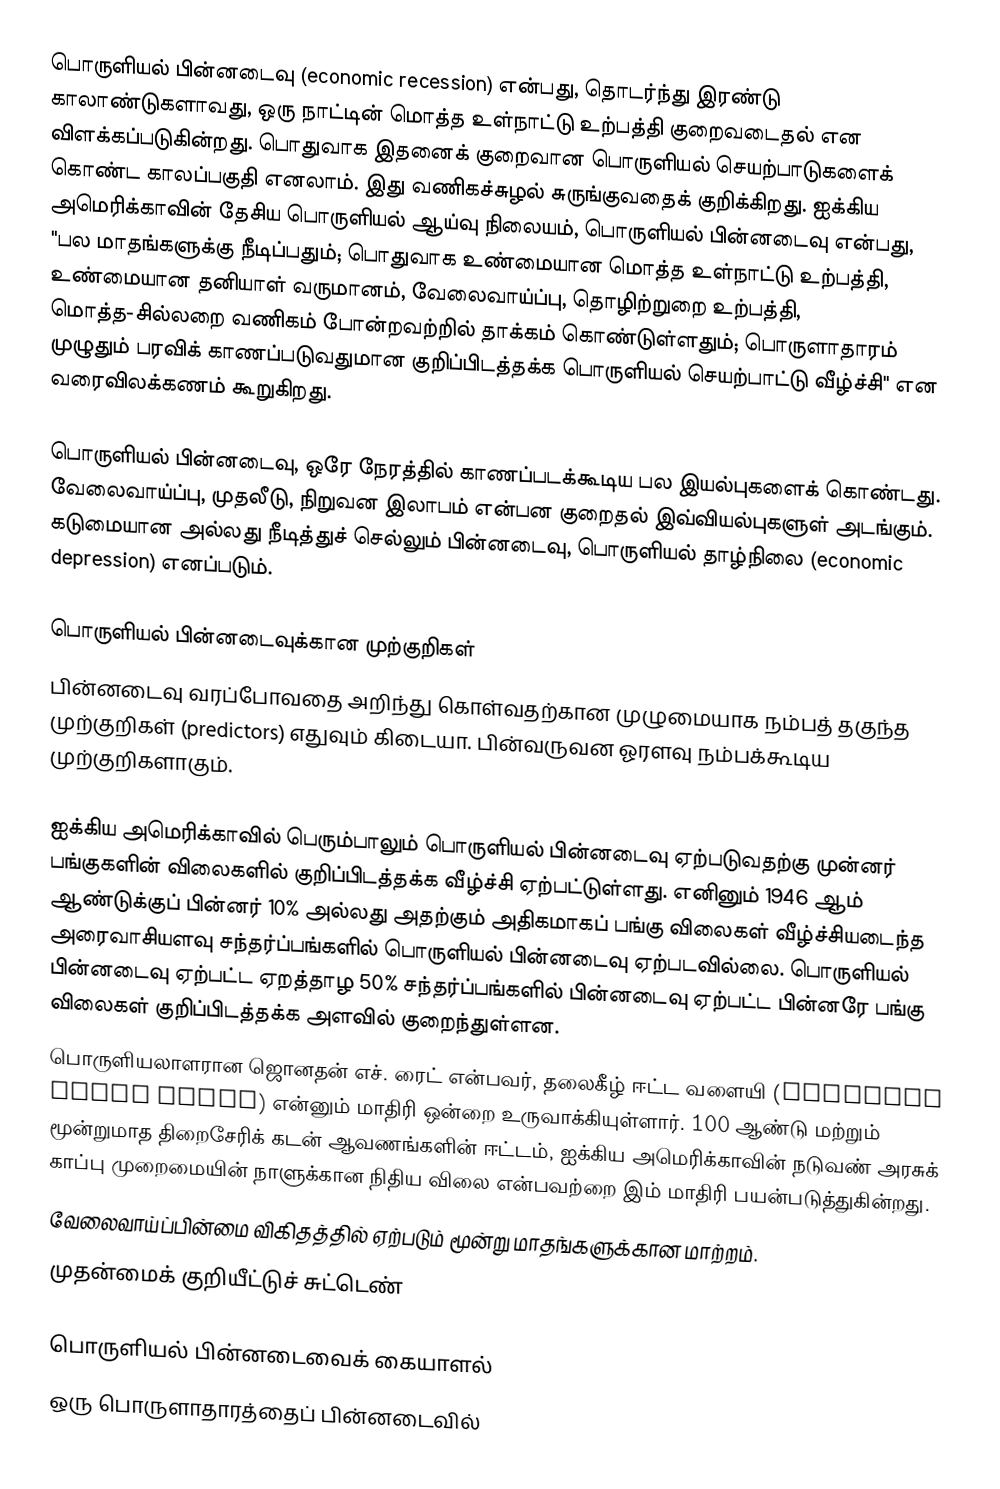
பொருளியல் பின்னடைவு (economic recession) என்பது, தொடர்ந்து இரண்டு காலாண்டுகளாவது, ஒரு நாட்டின் மொத்த உள்நாட்டு உற்பத்தி குறைவடைதல் என விளக்கப்படுகின்றது. பொதுவாக இதனைக் குறைவான பொருளியல் செயற்பாடுகளைக் கொண்ட காலப்பகுதி எனலாம். இது வணிகச்சுழல் சுருங்குவதைக் குறிக்கிறது. ஐக்கிய அமெரிக்காவின் தேசிய பொருளியல் ஆய்வு நிலையம், பொருளியல் பின்னடைவு என்பது, "பல மாதங்களுக்கு நீடிப்பதும்; பொதுவாக உண்மையான மொத்த உள்நாட்டு உற்பத்தி, உண்மையான தனியாள் வருமானம், வேலைவாய்ப்பு, தொழிற்றுறை உற்பத்தி, மொத்த-சில்லறை வணிகம் போன்றவற்றில் தாக்கம் கொண்டுள்ளதும்; பொருளாதாரம் முழுதும் பரவிக் காணப்படுவதுமான குறிப்பிடத்தக்க பொருளியல் செயற்பாட்டு வீழ்ச்சி" என வரைவிலக்கணம் கூறுகிறது.

பொருளியல் பின்னடைவு, ஒரே நேரத்தில் காணப்படக்கூடிய பல இயல்புகளைக் கொண்டது. வேலைவாய்ப்பு, முதலீடு, நிறுவன இலாபம் என்பன குறைதல் இவ்வியல்புகளுள் அடங்கும். கடுமையான அல்லது நீடித்துச் செல்லும் பின்னடைவு, பொருளியல் தாழ்நிலை (economic depression) எனப்படும்.

பொருளியல் பின்னடைவுக்கான முற்குறிகள்
பின்னடைவு வரப்போவதை அறிந்து கொள்வதற்கான முழுமையாக நம்பத் தகுந்த முற்குறிகள் (predictors) எதுவும் கிடையா. பின்வருவன ஓரளவு நம்பக்கூடிய முற்குறிகளாகும்.

 ஐக்கிய அமெரிக்காவில் பெரும்பாலும் பொருளியல் பின்னடைவு ஏற்படுவதற்கு முன்னர் பங்குகளின் விலைகளில் குறிப்பிடத்தக்க வீழ்ச்சி ஏற்பட்டுள்ளது. எனினும் 1946 ஆம் ஆண்டுக்குப் பின்னர் 10% அல்லது அதற்கும் அதிகமாகப் பங்கு விலைகள் வீழ்ச்சியடைந்த அரைவாசியளவு சந்தர்ப்பங்களில் பொருளியல் பின்னடைவு ஏற்படவில்லை. பொருளியல் பின்னடைவு ஏற்பட்ட ஏறத்தாழ 50% சந்தர்ப்பங்களில் பின்னடைவு ஏற்பட்ட பின்னரே பங்கு விலைகள் குறிப்பிடத்தக்க அளவில் குறைந்துள்ளன.
 பொருளியலாளரான ஜொனதன் எச். ரைட் என்பவர், தலைகீழ் ஈட்ட வளையி (Inverted yield curve) என்னும் மாதிரி ஒன்றை உருவாக்கியுள்ளார். 100 ஆண்டு மற்றும் மூன்றுமாத திறைசேரிக் கடன் ஆவணங்களின் ஈட்டம், ஐக்கிய அமெரிக்காவின் நடுவண் அரசுக் காப்பு முறைமையின் நாளுக்கான நிதிய விலை என்பவற்றை இம் மாதிரி பயன்படுத்துகின்றது.
 வேலைவாய்ப்பின்மை விகிதத்தில் ஏற்படும் மூன்று மாதங்களுக்கான மாற்றம்.
 முதன்மைக் குறியீட்டுச் சுட்டெண்

பொருளியல் பின்னடைவைக் கையாளல்
ஒரு பொருளாதாரத்தைப் பின்னடைவில்